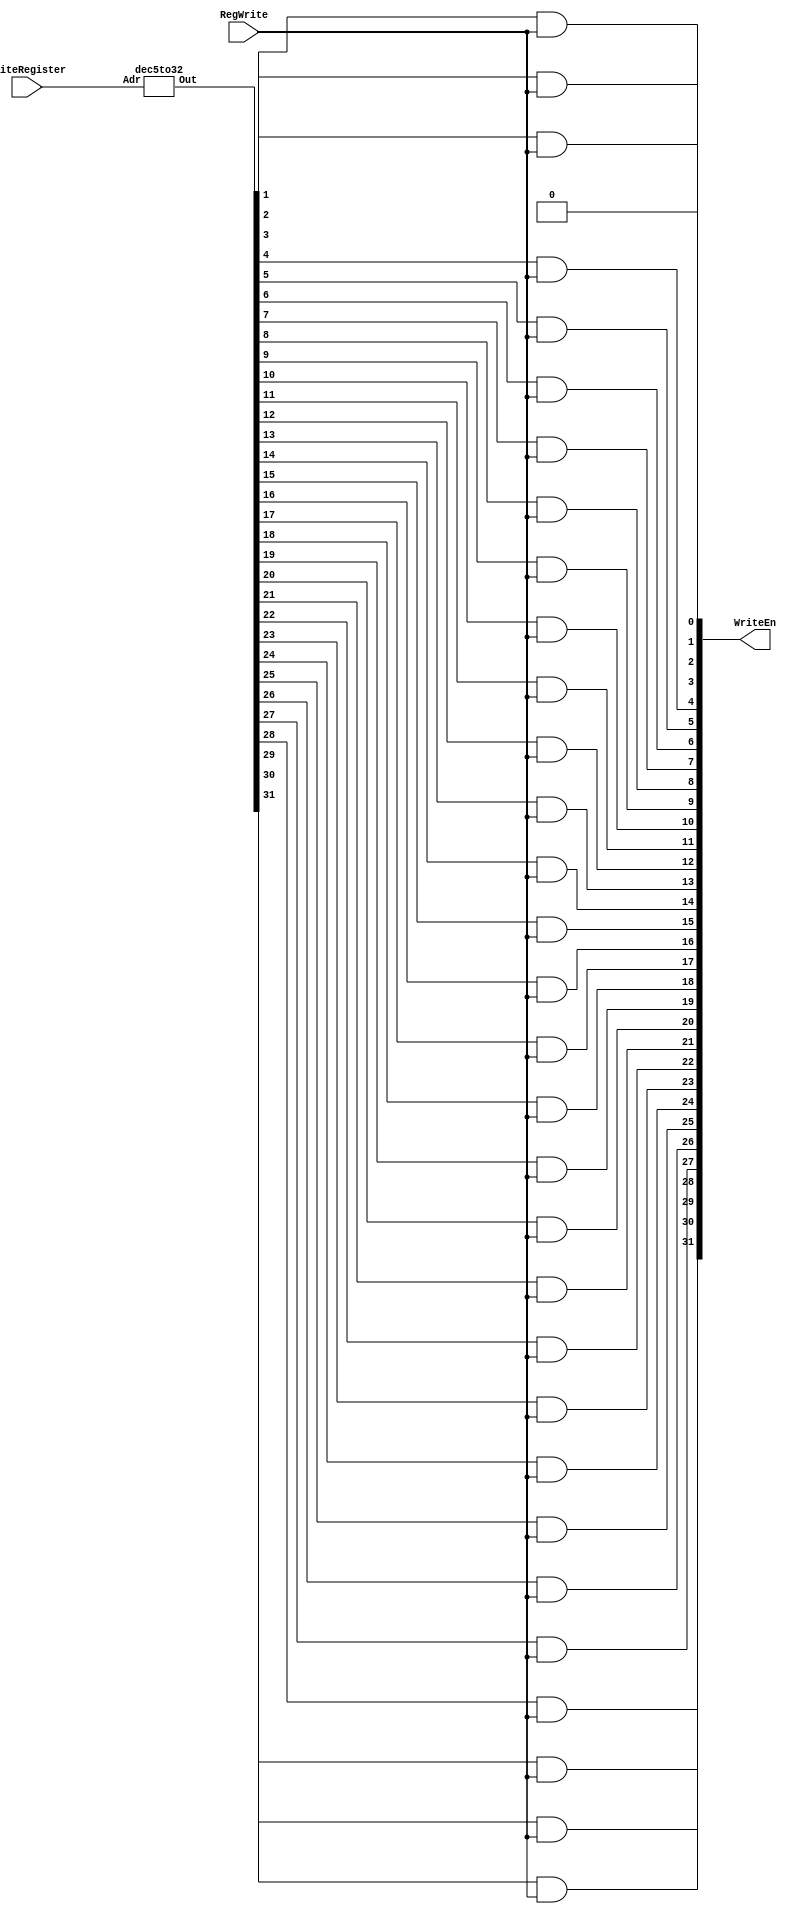
//fpga4student.com: FPga projects, Verilog projects, VHDL projects
// Verilog code for decoder
module decoder(WriteEn,RegWrite, WriteRegister);  
 input RegWrite;  
 input [4:0] WriteRegister;  
 output [31:0] WriteEn;  
 wire [31:0] OE; // Output Enable  
 dec5to32 dec(OE,WriteRegister);  
 assign WriteEn[0]=0;  
  and #(50) gate1(WriteEn[1],OE[1],RegWrite);  
  and #(50) gate2(WriteEn[2],OE[2],RegWrite);  
  and #(50) gate3(WriteEn[3],OE[3],RegWrite);  
  and #(50) gate4(WriteEn[4],OE[4],RegWrite);  
  and #(50) gate5(WriteEn[5],OE[5],RegWrite);  
  and #(50) gate6(WriteEn[6],OE[6],RegWrite);  
  and #(50) gate7(WriteEn[7],OE[7],RegWrite);  
  and #(50) gate8(WriteEn[8],OE[8],RegWrite);  
  and #(50) gate9(WriteEn[9],OE[9],RegWrite);  
  and #(50) gate10(WriteEn[10],OE[10],RegWrite);  
  and #(50) gate11(WriteEn[11],OE[11],RegWrite);  
  and #(50) gate12(WriteEn[12],OE[12],RegWrite);  
  and #(50) gate13(WriteEn[13],OE[13],RegWrite);  
  and #(50) gate14(WriteEn[14],OE[14],RegWrite);  
  and #(50) gate15(WriteEn[15],OE[15],RegWrite);  
  and #(50) gate16(WriteEn[16],OE[16],RegWrite);  
  and #(50) gate17(WriteEn[17],OE[17],RegWrite);  
  and #(50) gate18(WriteEn[18],OE[18],RegWrite);  
  and #(50) gate19(WriteEn[19],OE[19],RegWrite);  
  and #(50) gate20(WriteEn[20],OE[20],RegWrite);  
  and #(50) gate21(WriteEn[21],OE[21],RegWrite);  
  and #(50) gate22(WriteEn[22],OE[22],RegWrite);  
  and #(50) gate23(WriteEn[23],OE[23],RegWrite);  
  and #(50) gate24(WriteEn[24],OE[24],RegWrite);  
  and #(50) gate25(WriteEn[25],OE[25],RegWrite);  
  and #(50) gate26(WriteEn[26],OE[26],RegWrite);  
  and #(50) gate27(WriteEn[27],OE[27],RegWrite);  
  and #(50) gate28(WriteEn[28],OE[28],RegWrite);  
  and #(50) gate29(WriteEn[29],OE[29],RegWrite);  
  and #(50) gate30(WriteEn[30],OE[30],RegWrite);  
  and #(50) gate31(WriteEn[31],OE[31],RegWrite);  
 endmodule  
 module andmore(g,a,b,c,d,e);  
  output g;  
  input a,b,c,d,e;  
  and #(50) and1(f1,a,b,c,d),  
       and2(g,f1,e);  
 endmodule  
 module dec5to32(Out,Adr);  
 input [4:0] Adr; // Adr=Address of register  
 output [31:0] Out;  
 not #(50) Inv4(Nota, Adr[4]);  
 not #(50) Inv3(Notb, Adr[3]);  
 not #(50) Inv2(Notc, Adr[2]);  
 not #(50) Inv1(Notd, Adr[1]);  
 not #(50) Inv0(Note, Adr[0]);  
 andmore a0(Out[0], Nota,Notb,Notc,Notd,Note); // 00000  
 andmore a1(Out[1], Nota,Notb,Notc,Notd,Adr[0]); // 00001  
 andmore a2(Out[2], Nota,Notb,Notc,Adr[1],Note); //00010  
 andmore a3(Out[3], Nota,Notb,Notc,Adr[1],Adr[0]);  
 andmore a4(Out[4], Nota,Notb,Adr[2],Notd,Note);  
 andmore a5(Out[5], Nota,Notb,Adr[2],Notd,Adr[0]);  
 andmore a6(Out[6], Nota,Notb,Adr[2],Adr[1],Note);  
 andmore a7(Out[7], Nota,Notb,Adr[2],Adr[1],Adr[0]);  
 andmore a8(Out[8],  Nota,Adr[3],Notc,Notd,Note);  
 andmore a9(Out[9],  Nota,Adr[3],Notc,Notd,Adr[0]);  
 andmore a10(Out[10], Nota,Adr[3],Notc,Adr[1],Note);  
 andmore a11(Out[11], Nota,Adr[3],Notc,Adr[1],Adr[0]);  
 andmore a12(Out[12], Nota,Adr[3],Adr[2],Notd,Note);  
 andmore a13(Out[13], Nota,Adr[3],Adr[2],Notd,Adr[0]);  
 andmore a14(Out[14], Nota,Adr[3],Adr[2],Adr[1],Note);  
 andmore a15(Out[15], Nota,Adr[3],Adr[2],Adr[1],Adr[0]);  
 andmore a16(Out[16], Adr[4],Notb,Notc,Notd,Note);  
 andmore a17(Out[17], Adr[4],Notb,Notc,Notd,Adr[0]);  
 andmore a18(Out[18], Adr[4],Notb,Notc,Adr[1],Note);  
 andmore a19(Out[19], Adr[4],Notb,Notc,Adr[1],Adr[0]);  
 andmore a20(Out[20], Adr[4],Notb,Adr[2],Notd,Note);  
 andmore a21(Out[21], Adr[4],Notb,Adr[2],Notd,Adr[0]);  
 andmore a22(Out[22], Adr[4],Notb,Adr[2],Adr[1],Note);  
 andmore a23(Out[23], Adr[4],Notb,Adr[2],Adr[1],Adr[0]);  
 andmore a24(Out[24], Adr[4],Adr[3],Notc,Notd,Note);  
 andmore a25(Out[25], Adr[4],Adr[3],Notc,Notd,Adr[0]);  
 andmore a26(Out[26], Adr[4],Adr[3],Notc,Adr[1],Note);  
 andmore a27(Out[27], Adr[4],Adr[3],Notc,Adr[1],Adr[0]);  
 andmore a28(Out[28], Adr[4],Adr[3],Adr[2],Notd,Note);  
 andmore a29(Out[29], Adr[4],Adr[3],Adr[2],Notd,Adr[0]);  
 andmore a30(Out[30], Adr[4],Adr[3],Adr[2],Adr[1],Note);  
 andmore a31(Out[31], Adr[4],Adr[3],Adr[2],Adr[1],Adr[0]); // 11111  
 endmodule